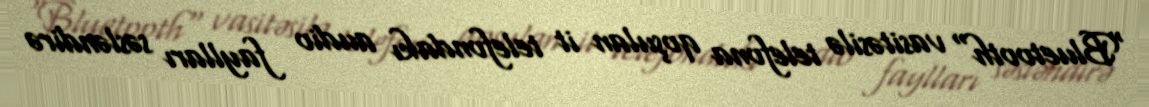
"Bluetooth" vasitəsilə telefona qoşulan it telefondakı audio faylları səsləndirə